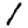
Digit: 1